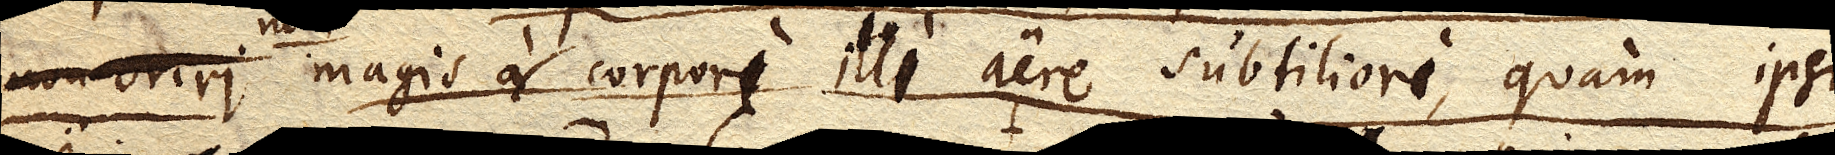
magis corpori illi aere subtiliori, quam ipsi